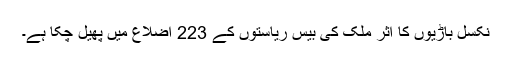
نکسل باڑیوں کا اثر ملک کی بیس ریاستوں کے 223 اضلاع میں پھیل چکا ہے۔